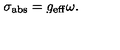
\sigma _ { \mathrm { a b s } } = g _ { \mathrm { e f f } } \omega .